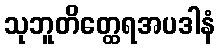
သုဘူတိတ္ထေရအပဒါနံ